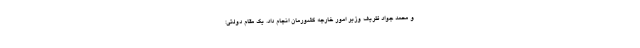
و محمد جواد ظریف وزیر امور خارجه کشورمان انجام داد. یک مقام دولتی: